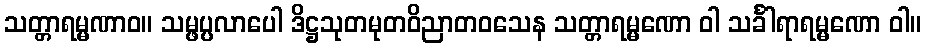
သတ္တာရမ္မဏာဝ။ သမ္ဖပ္ပလာပေါ ဒိဋ္ဌသုတမုတဝိညာတဝသေန သတ္တာရမ္မဏော ဝါ သင်္ခါရာရမ္မဏော ဝါ။